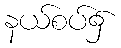
နယ်စပ်၌